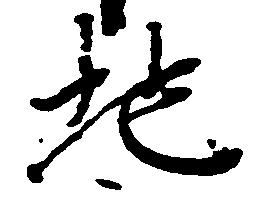
地